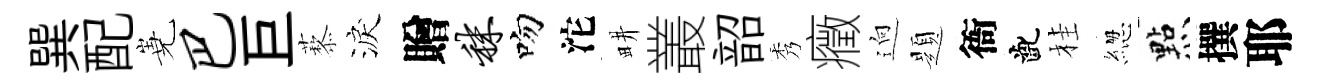
巽配嶤巴巨藜淚贈秣吻沱畊叢韶秀癥逈題衙齔桂緫㸃撰耶